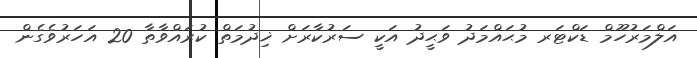
އަލްމަރުހޫމް ޑަކްޓަރ މުޙައްމަދު ވަޙީދު އަކީ ސަރުކާރަށް ޚިދުމަތް ކުރައްވާތާ 20 އަހަރުވެގެން